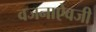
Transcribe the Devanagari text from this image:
वजनाऐवजी